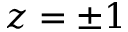
z = \pm 1